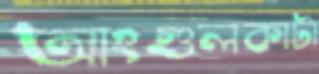
আংগুলকাটা